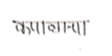
मजकूर: कपालान्या